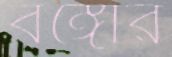
বঙ্গোর